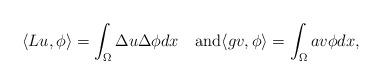
LaTeX: \begin{align*}\langle Lu, \phi\rangle = \int_{\Omega} \Delta u \Delta\phi dx\quad\hbox{and} \langle g v, \phi\rangle=\int_{\Omega}av\phi dx,\end{align*}